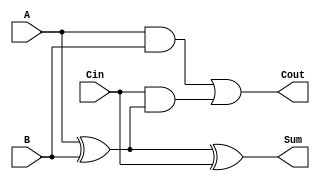
module FullAdder (
    input wire A,        // Single bit input A
    input wire B,        // Single bit input B
    input wire Cin,      // Carry input
    output wire Sum,     // Sum output
    output wire Cout     // Carry output
);
    assign Sum = A ^ B ^ Cin;                       // Sum calculation
    assign Cout = (A & B) | (Cin & (A ^ B));       // Carry calculation
endmodule